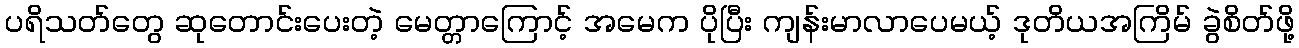
ပရိသတ်တွေ ဆုတောင်းပေးတဲ့ မေတ္တာကြောင့် အမေက ပိုပြီး ကျန်းမာလာပေမယ့် ဒုတိယအကြိမ် ခွဲစိတ်ဖို့